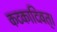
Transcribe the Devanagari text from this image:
कटकादिवत्।